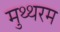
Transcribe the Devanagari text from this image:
मुथ्थरम